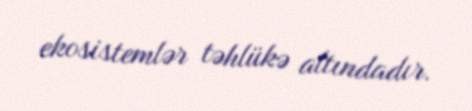
ekosistemlər təhlükə altındadır.